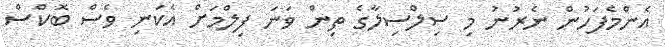
އެންމެފަހުން ނެރުނު މި ސިލްސިލާގެ ތިން ވަނަ ފިލްމަށް އެކަނި ވެސް ބޮކްސް